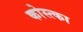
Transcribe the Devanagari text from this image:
कोस्त्का